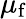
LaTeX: \mu_{\textup{f}}